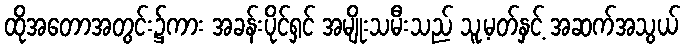
ထိုအတောအတွင်း၌ကား အခန်းပိုင်ရှင် အမျိုးသမီးသည် သူ့မတ်နှင့် အဆက်အသွယ်